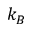
k _ { B }